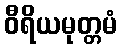
ဝီရိယမုတ္တမံ